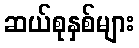
ဆယ်စုနှစ်များ